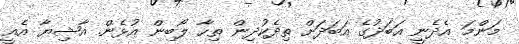
މަންމަ އެދެނީ އަބަދުގެ އަބަދަށް ތިދެކުދިން ތިހާ ލޯބިން އުޅެން. އާޝިޔާ އެއީ